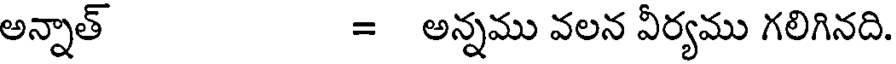
అన్నాత్ = అన్నము వలన వీర్యము గలిగినది.